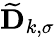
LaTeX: \mathbf{\widetilde{D}}_{k,\sigma}